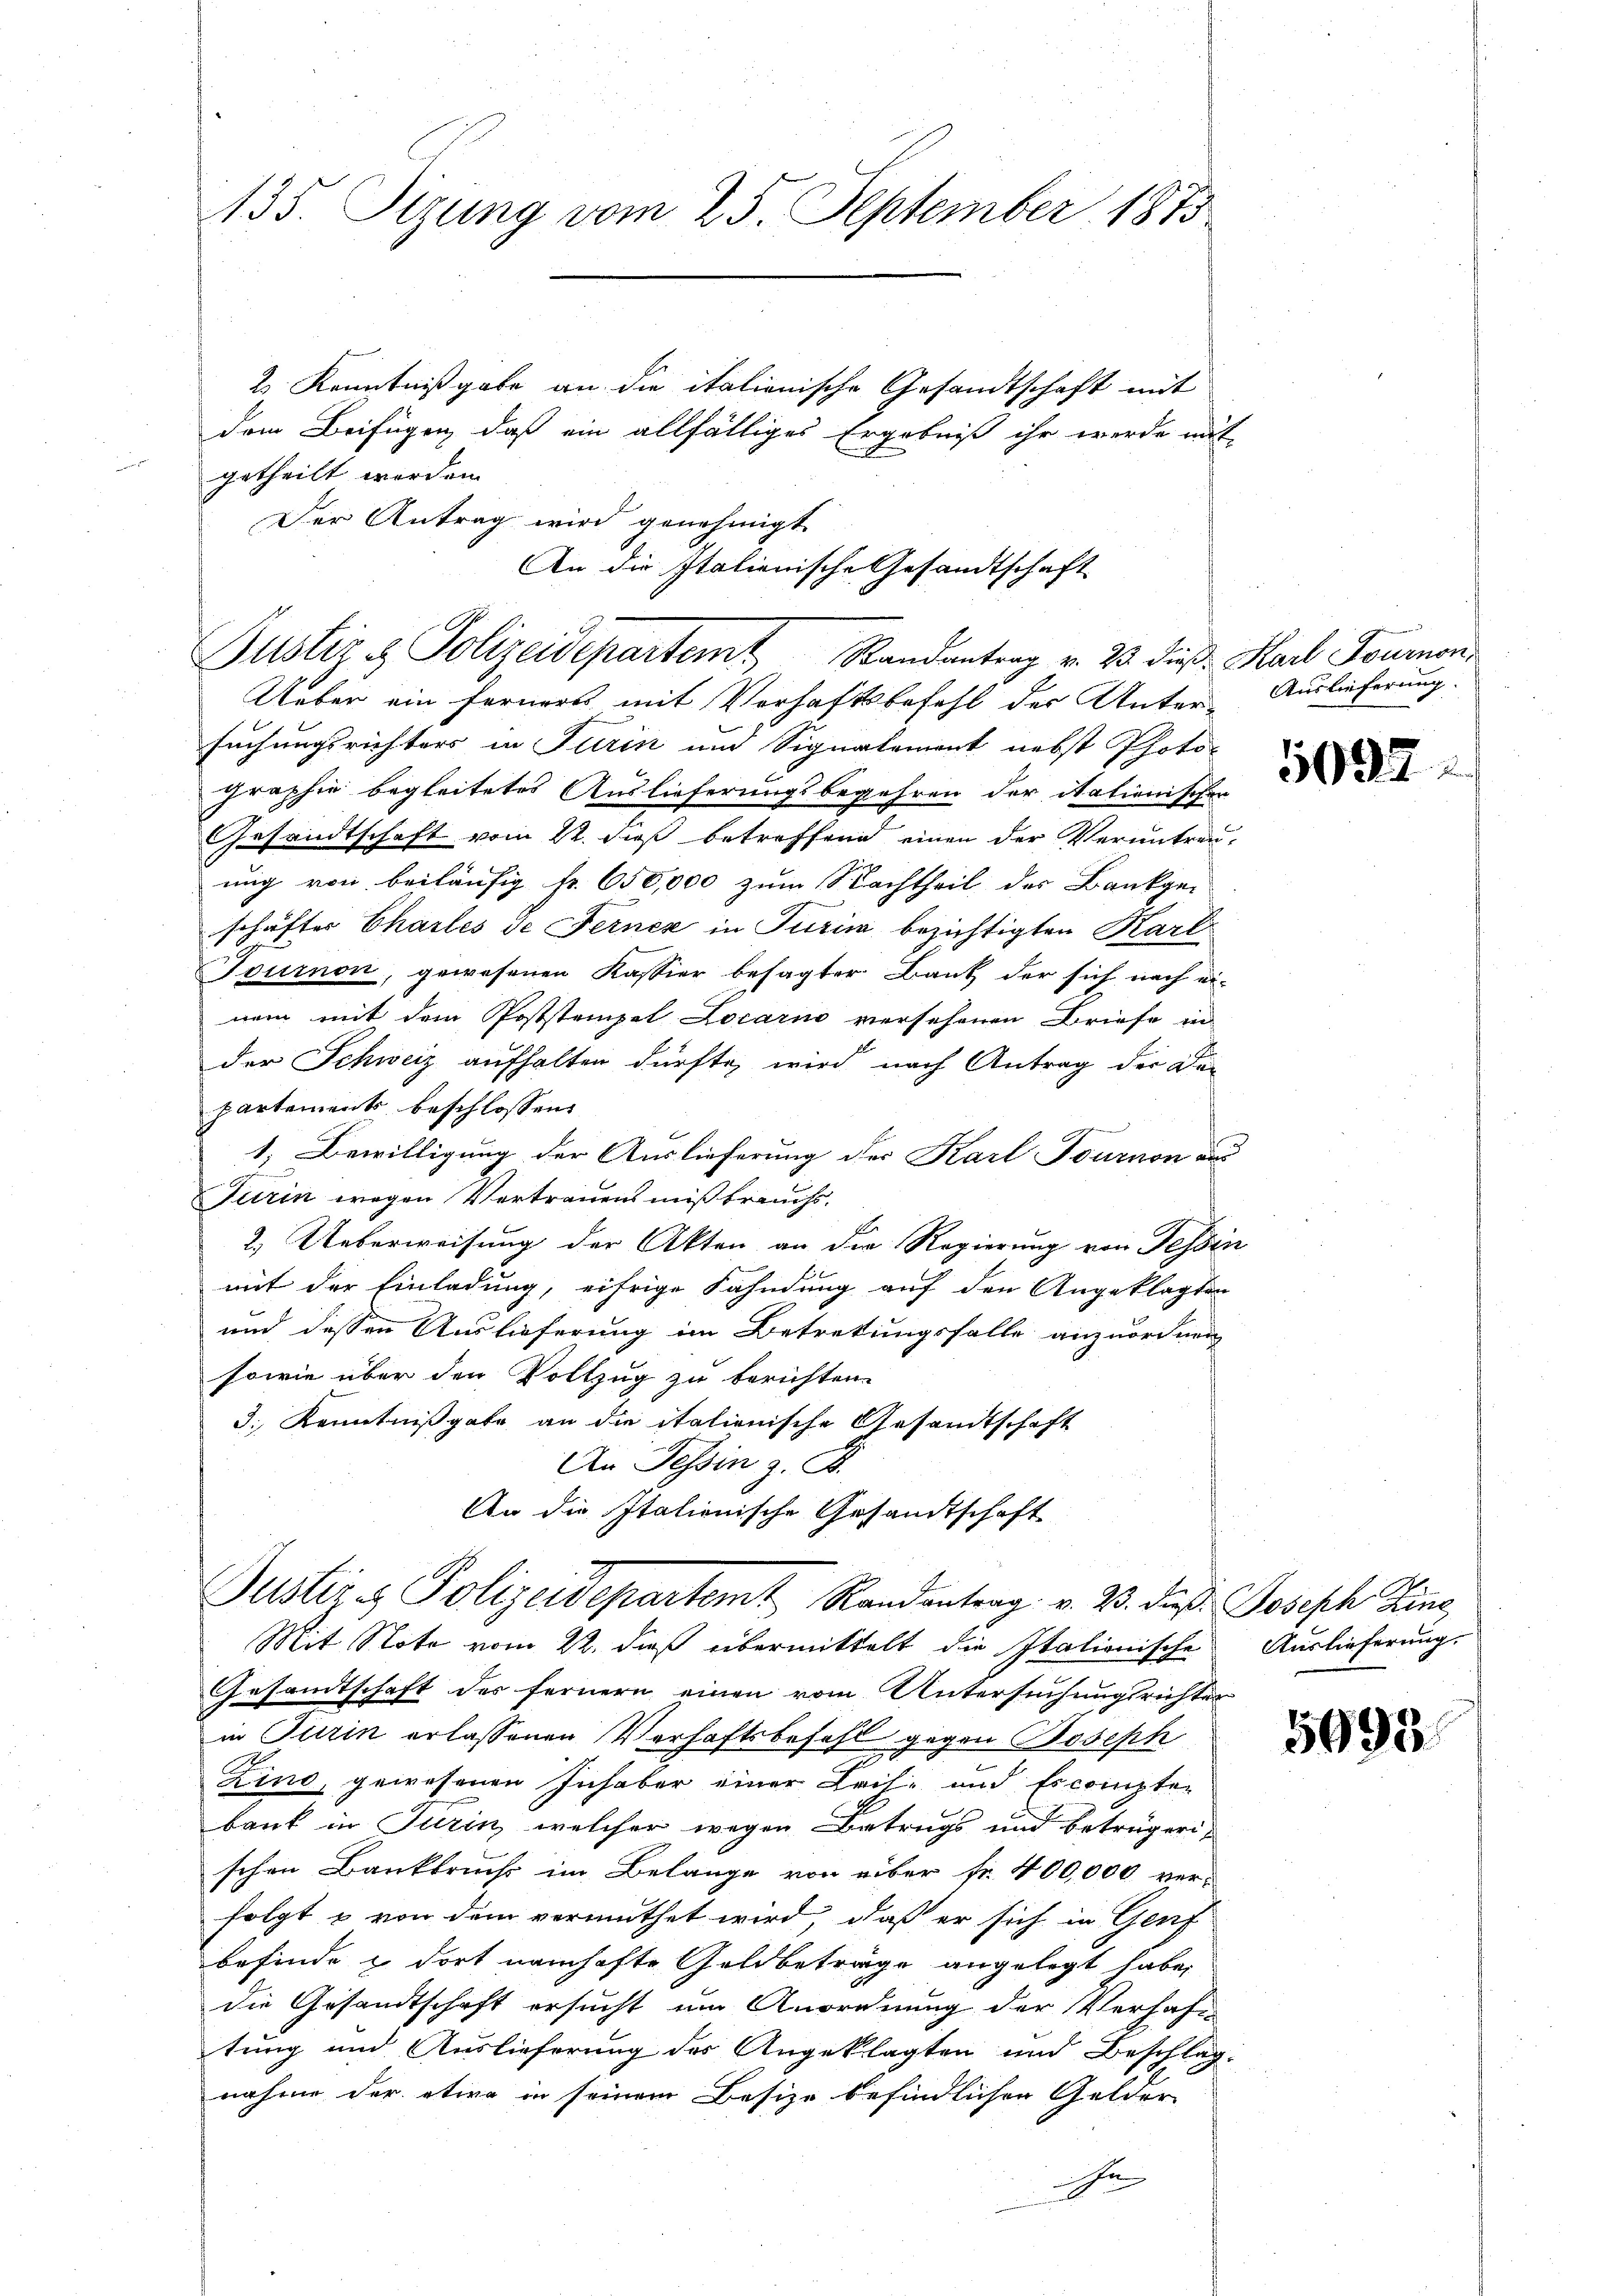
135. Sizung vom 25. September 1873.

2 Kenntnißgabe an die italionische Gesandtschaft mit
dem Beifügen, daß ein allfälliges Ergebniß ihr werde mit
getheilt worden.
Der Antrag wird genehmigt.
An die Italienische Gesandtschaft

Justiz & Polizeidepartemt Randantrag v. 23. dieß Karl Goumon

Ueber ein ferners mit Verhaftsbefehl der Unter-Auslieferung.
suchungsrichters in Turin und Signalement nebst Photo-
graphie begleitetes Auslieferungsbegehren der itationischer
Gesandtschaft vom 22. dieß betreffend einen der Veruntrenung von beiläufig fr. 650,000 zum Nachtheil der Bankge-
schäftes Chartes de Ferner in Turina bezichtigten Karl
Tournon, gewesenen Kassier besagter Bank der sich nach ei-
nem mit dem Poststempel Locarno versehenen Briefe in
der Schweiz aufhalten dürfte, wird nach Antrag der De-
partements beschlossen:
1. Bewilligung der Auslieferung des Karl Tournon aus
Turin wegen Vertrauens mißbrauchs.
2.) Ueberweisung der Akten an die Regierung von Tessin
mit der Einladung, eifrige Fahndung auf den Angeklagten
und dessen Auslieferung im Betretungsfalle anzuordnen,
sowie über den Vollzug zu berichten.
3 Kenntnißgabe an die italienische Gesandtschaft
An Tessin z. B.
An die Italienische Gesandtschaft
Justiz- & Polizeidepartemt Randantrag v. 23. daß Joseph Line
Mit Note vom 22. dieß übermittelt die Italionische Auslieferung.
Gesandtschaft des fernern einen vom Untersuchungsrichter
in Turin erlassenen Verhaftsbefehl gegen Joseph
2
Zino, gewesenen Inhaber einer Zeit- und Escompten
A.
baut in Turin, welcher wegen Betrugs und betrügerischen Bankbruchs im Belange von über fr. 400,000 ver-
folgt & von dem vermuthet wird, daß er sich in Genf
befinde & dort namhafte Geldbeträge angelegt habe,
die Gesandtschaft ersucht um Anordnung der Verhaft-
tung und Auslieferung des Angeklagten und Beschlag-
nahme der etwa in seinem Besize befindlichen Gelder-
hn

5092

5993.